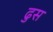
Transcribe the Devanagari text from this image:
ढुस